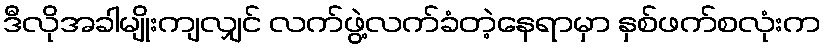
ဒီလိုအခါမျိုးကျလျှင် လက်ဖွဲ့လက်ခံတဲ့နေရာမှာ နှစ်ဖက်စလုံးက